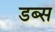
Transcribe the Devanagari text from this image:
डब्स